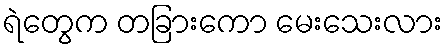
ရဲတွေက တခြားကော မေးသေးလား